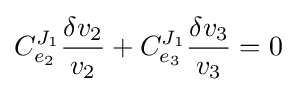
C_{e_{2}}^{J_{1}}{\frac {\delta v_{2}}{v_{2}}}+C_{e_{3}}^{J_{1}}{\frac {\delta v_{3}}{v_{3}}}=0